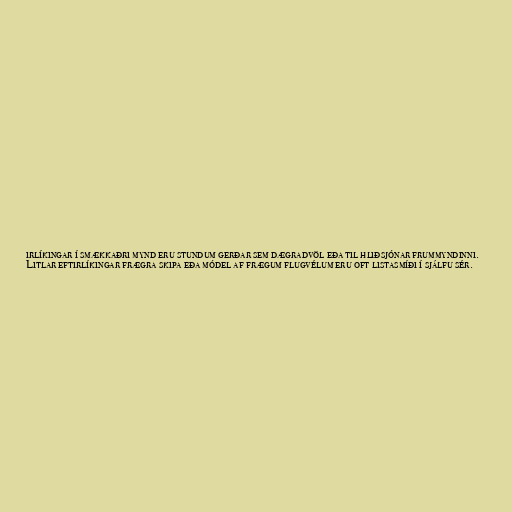
irlíkingar í smækkaðri mynd eru stundum gerðar sem dægradvöl eða til hliðsjónar frummyndinni.
Litlar eftirlíkingar frægra skipa eða módel af frægum flugvélum eru oft listasmíði í sjálfu sér.